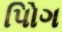
પોિગ